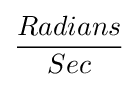
{\frac {Radians}{Sec}}